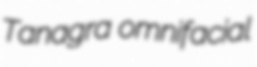
Tanagra omnifacial